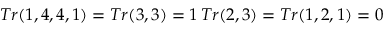
T r ( 1 , 4 , 4 , 1 ) = T r ( 3 , 3 ) = 1 \, T r ( 2 , 3 ) = T r ( 1 , 2 , 1 ) = 0